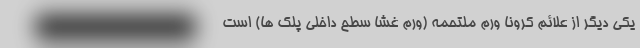
یکی دیگر از علائم کرونا ورم ملتحمه (ورم غشا سطح داخلی پلک ها) است